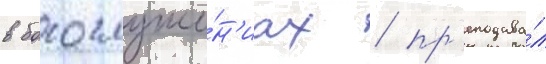
в богослуже́н'иах / пр'еподава́л